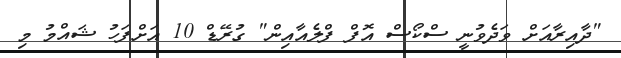
"ދާއިރާއަށް ވަދެވުނީ ސްކޯސް އޮފް ފްލެއާއިން" ގުރޭޑް 10 އަށްފަހު ޝައްމު މި